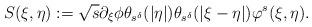
LaTeX: \begin{align*}S(\xi,\eta):=\sqrt{s}\partial_{\xi}\phi \theta_{s^\delta}(|\eta|)\theta_{s^\delta}(|\xi-\eta|)\varphi^{s} (\xi,\eta).\end{align*}